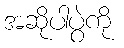
အဆိုပါပွဲကို